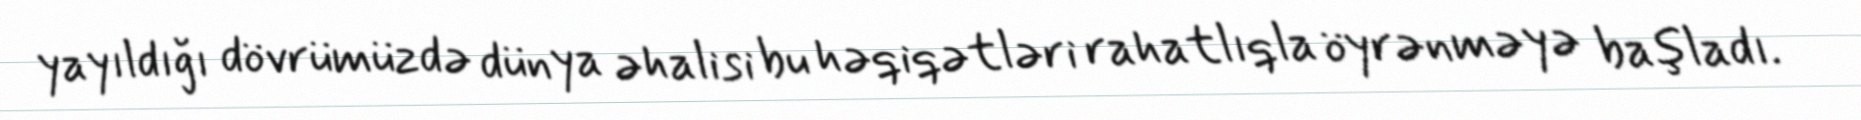
yayıldığı dövrümüzdə dünya əhalisi bu həqiqətləri rahatlıqla öyrənməyə başladı.